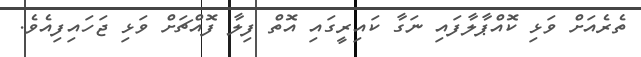
ތެރެއަށް ވަޅި ކޮއްޕާލާފައި ނަގާ ކައިރީގައި އޮތް ފިލާ ފޮއްޗަށް ވަޅި ޖަހައިފިއެވެ.